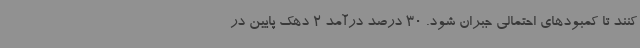
کنند تا کمبود‌های احتمالی جبران شود. 30 درصد درآمد 2 دهک پایین در